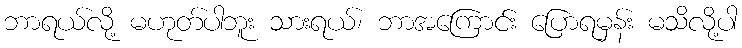
ဘာရယ်လို့ မဟုတ်ပါဘူး သားရယ်၊ ဘာအကြောင်း ပြောရမှန်း မသိလို့ပါ